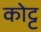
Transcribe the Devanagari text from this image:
कोट्ट